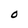
Character: O